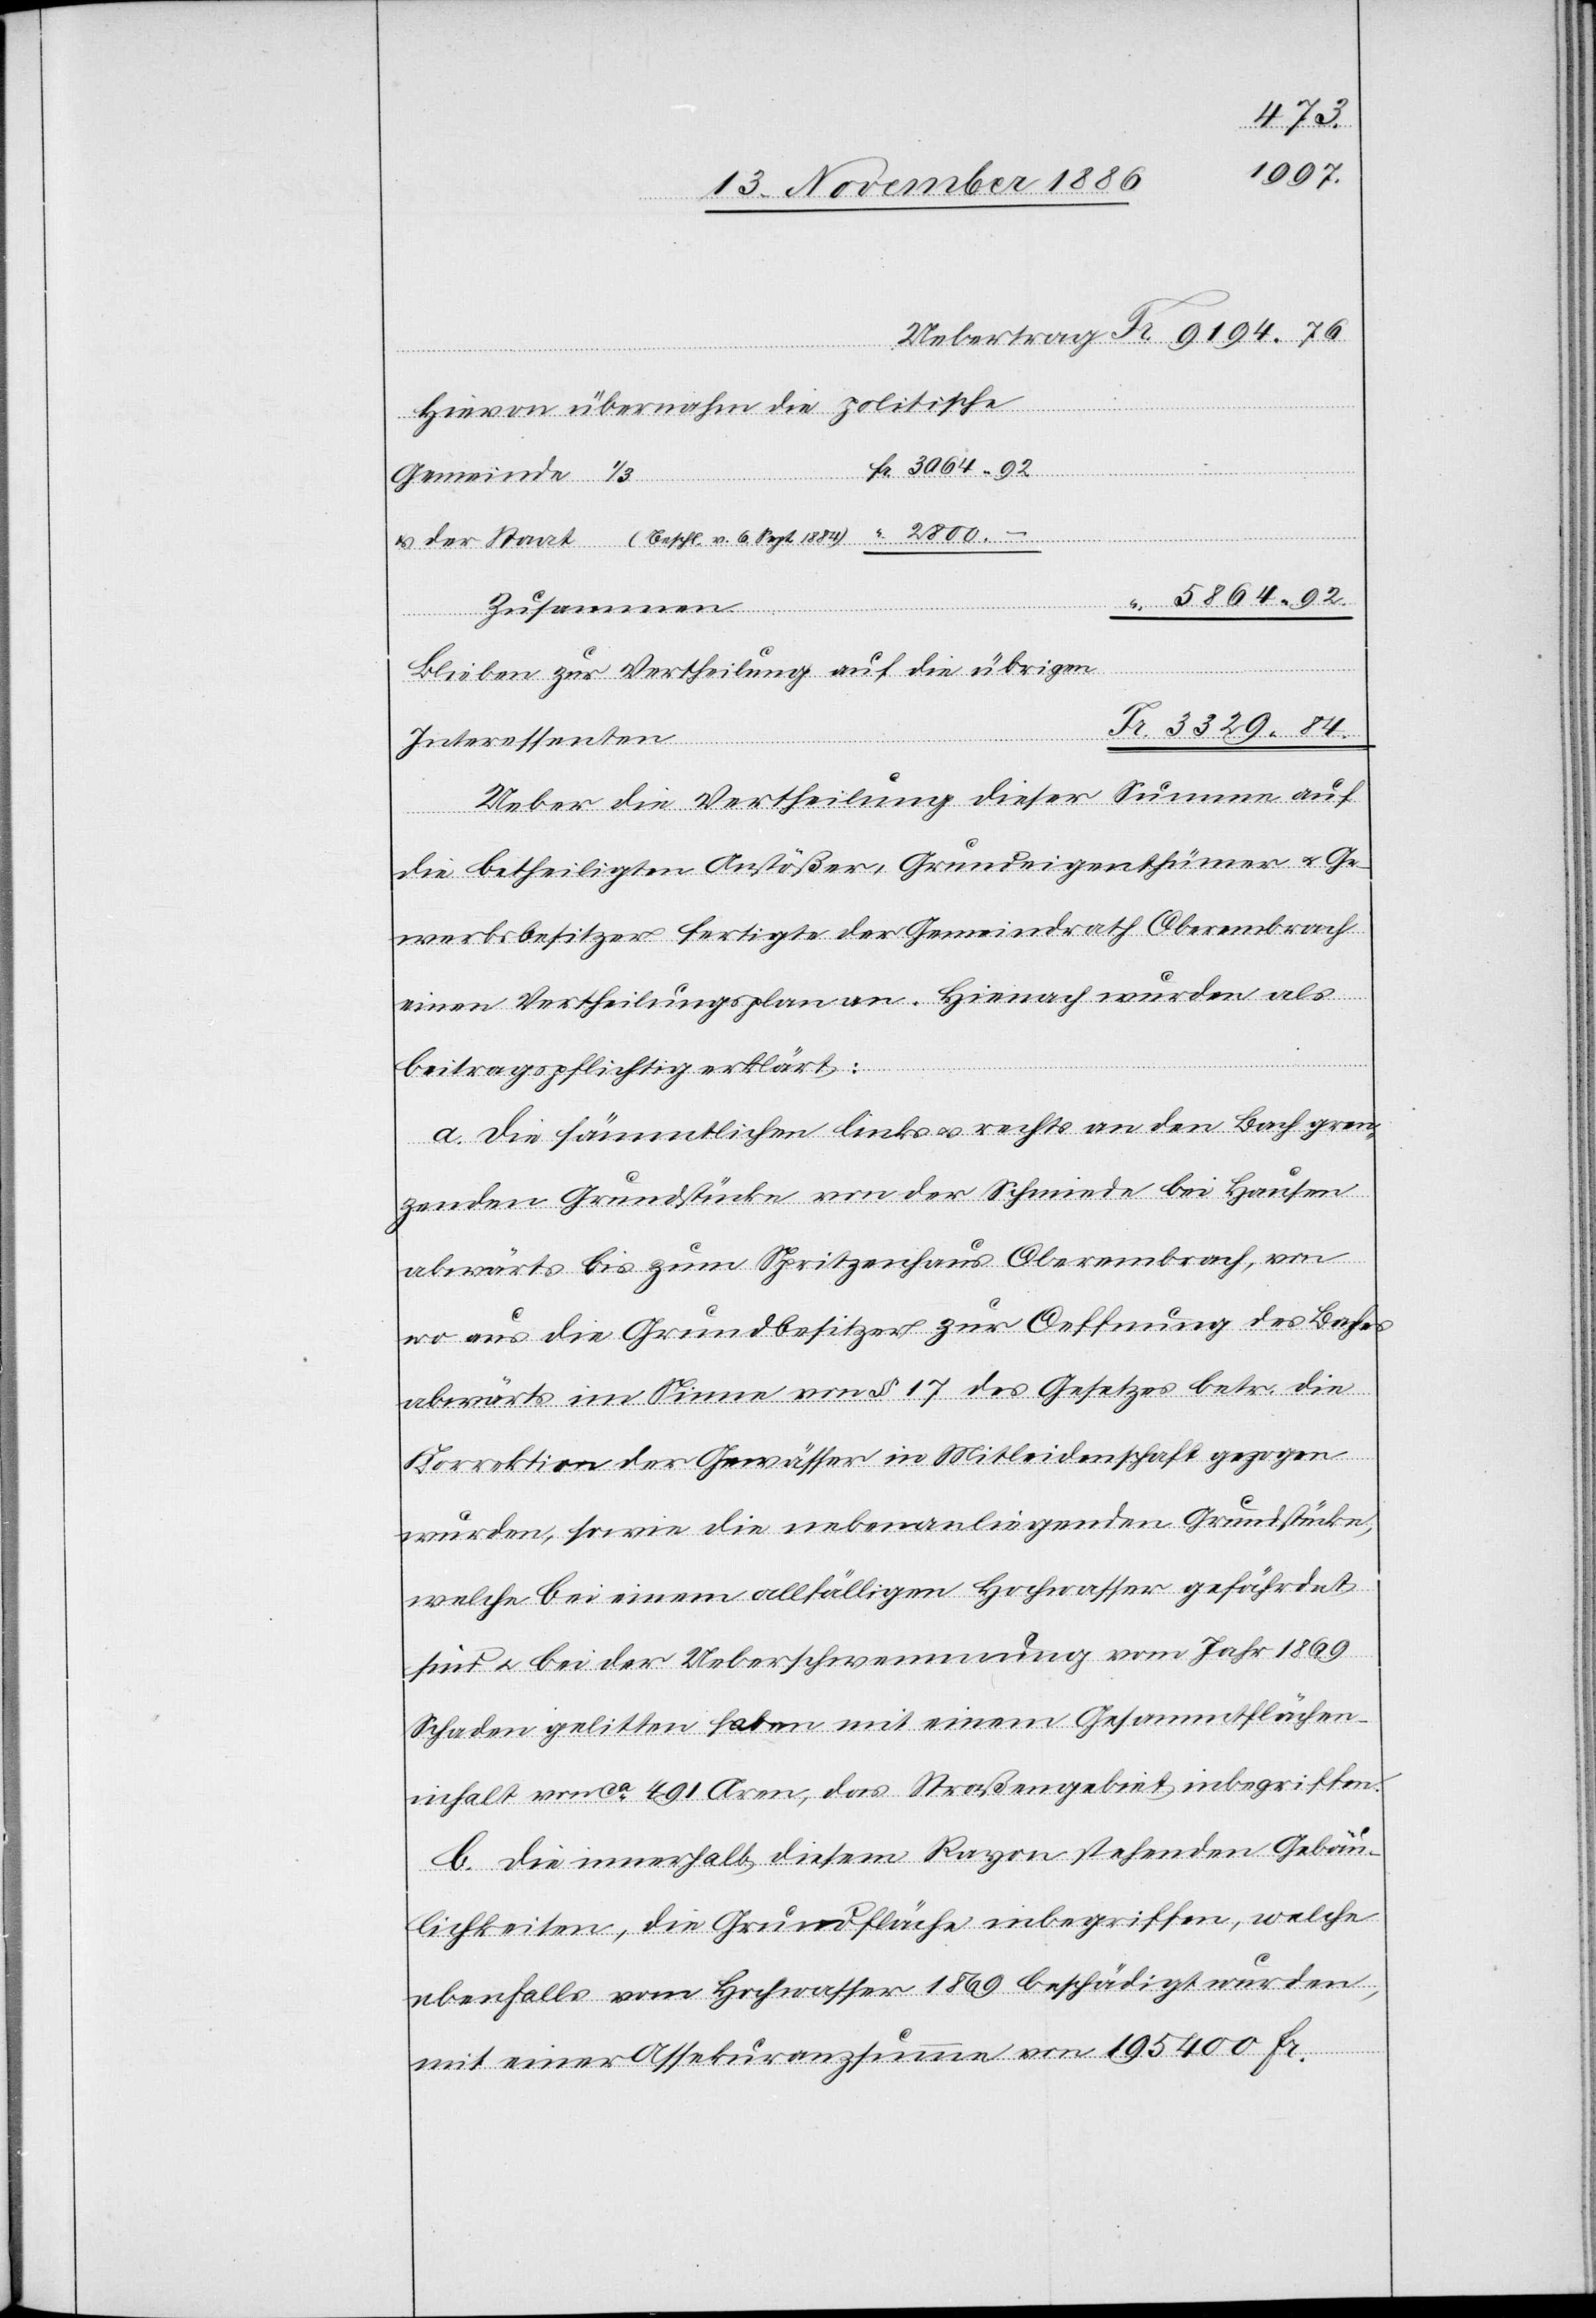
2800.–
Fr.
Hievon übernahm die politische
Gemeinde 1/3
& der Staat (Beschl. v. 6. Sept. 1884)
3064 92
Zusammen
Fr.
Blieben zur Vertheilung auf die übrigen
3329 84.
Interessenten
Ueber die Vertheilung dieser Summe auf
die betheiligten Anstößer, Grundeigenthümer & Ge¬
werbsbesitzer fertigte der Gemeindrath Oberembrach
einen Vertheilungsplan an. Hienach wurden als
beitragspflichtig erklärt:
a. die sämmtlichen links & rechts an den Bach gren¬
zenden Grundstücke von der Schmiede bei Hausen
abwärts bis zum Spritzenhaus Oberembrach, von
wo aus die Grundbesitzer zur Oeffnung des Baches
abwärts im Sinne von § 17 des Gesetzes betr. die
Korrektion der Gewässer in Mitleidenschaft gezogen
wurden, sowie die nebenanliegenden Grundstücke,
welche bei einem allfälligen Hochwasser gefährdet
sind & bei der Ueberschwemmung vom Jahr 1869
Schaden gelitten haben mit einem Gesammtflächen¬
inhalt von ca 491 Aren, das Straßengebiet inbegriffen.
b. die innerhalb diesem Rayon stehenden Gebäu¬
lichkeiten, die Grundfläche inbegriffen, welche
ebenfalls vom Hochwasser 1869 beschädigt wurden,
mit einer Assekuranzsumme von 195 400 Fr.